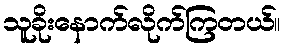
သူခိုးနောက်လိုက်ကြတယ်။